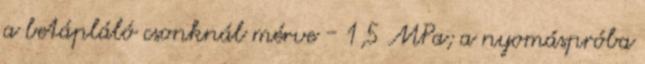
a betápláló csonknál mérve - 1,5 MPa; a nyomáspróba